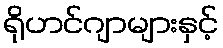
ရိုဟင်ဂျာများနှင့်